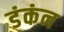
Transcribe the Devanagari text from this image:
डंकंन